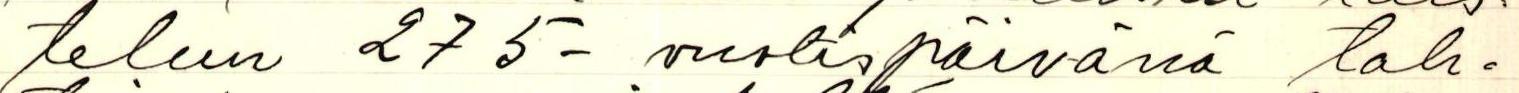
telun 275-vuotispäivänä tah=